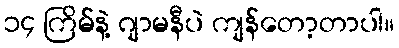
၁၄ ကြိမ်နဲ့ ဂျာမနီပဲ ကျန်တော့တာပါ။